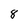
Character: 8